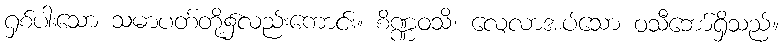
ရှစ်ပါးသော သမာပတ်တို့၌လည်းကောင်း။ စိဏ္ဏဝသိ၊ လေ့လာအပ်သော ဝသီဘော်ရှိသည်။